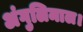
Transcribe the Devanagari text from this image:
अंगुलिमाल।